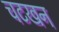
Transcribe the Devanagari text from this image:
चटखन